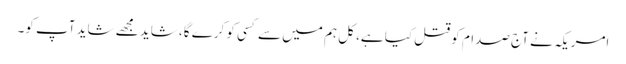
امریکہ نے آج صدام کو قتل کیا ہے، کل ہم میں سے کسی کو کرے گا، شاید مجھے شاید آپ کو۔